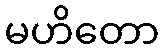
မဟိတော